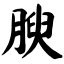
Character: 腴